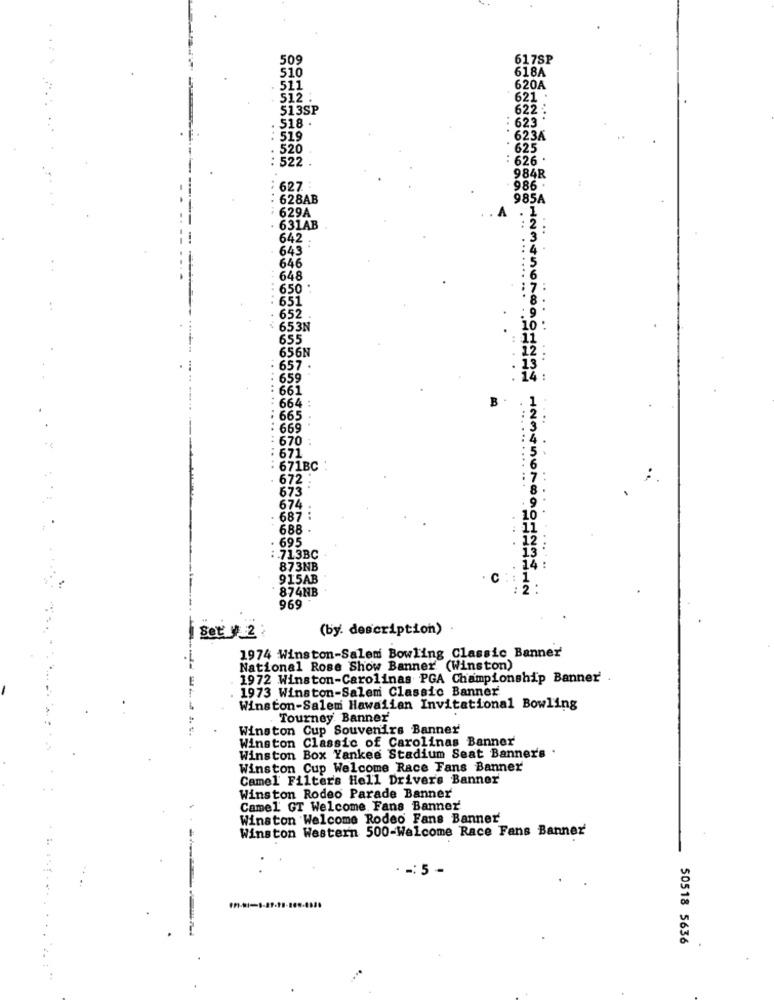
509
617SP
618A
510
511
620A
512
621
513SP
622
518 .
623
519
623A
520
625
522 .
626 .
984R
627
986 .
628AB
985A
629A
1
631AB
642
643
646
648
650
651
652
653N
655
656N
657 .
659
661
664 :
B
665
. ...
669
670
671
: 671BC
672
673
674
687 :
688
695
.713BC
873NB
14:
915AB
C
...
874NB
969
Set y 2:
(by. description)
1974 Winston-Salem Bowling Classic Banner
National Rose Show Banner (Winston)
1972 Winston-Carolinas PGA Championship Banner'
1973 Winston-Salem Classic Banner
Winston-Salem Hawaiian Invitational Bowling
Tourney Banner'
Winston Cup Souvenirs Banner
Winston Classic of Carolinas Banner
Winston Box Yankee Stadium Seat Banner's .
Winston Cup Welcome Race Fans Banner
Camel Filters Hell Driver's Banner
Winston Rodeo Parade Banner
Camel GT Welcome. Fans Banner'
Winston Welcome Rodeo Fans Banner
Winston Western 500-Welcome Race Fans Banner
-: 5 -
. ..
50518 5636